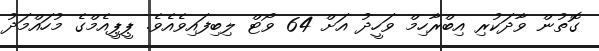
ގޮތުން ވާދަކުރި އިބްރާހިމް ވަހީދު އަށް 64 ވޯޓް ލިބިފައިވެއެވެ. ޕީޕީއެމްގެ މުހައްމަދު